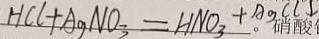
H C l + A g N O _ { 3 } = H N O _ { 3 } + A g C I \downarrow